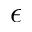
\epsilon